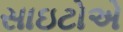
સાઇટોએ